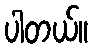
ပါတယ်။